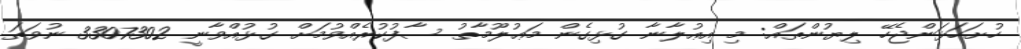
ހުށަހަޅަންޖެހޭ ލިޔުންތައް: މި އިޢުލާނާ ގުޅިގެން މަޢުލޫމާތު ސާފުކުރެއްވުމަށް ގުޅުއްވާނީ 3307302 ނުވަތަ